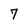
Character: 7